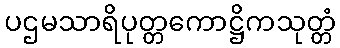
ပဌမသာရိပုတ္တကောဋ္ဌိကသုတ္တံ